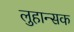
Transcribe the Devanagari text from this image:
लुहान्सक